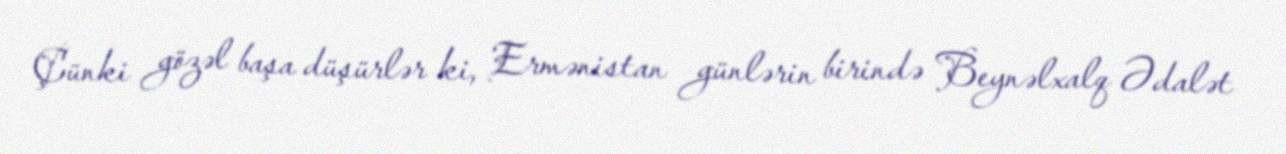
Çünki gözəl başa düşürlər ki, Ermənistan günlərin birində Beynəlxalq Ədalət